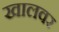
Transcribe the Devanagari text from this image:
खालवर